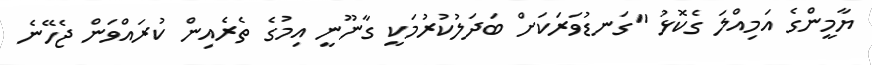
ޔާމީންގެ އަމިއްލަ ގެކޮޅު "ގަނޑުވަރަކަށް ބަދަލުކުރުމަކީ ގާނޫނީ އިމުގެ ތެރެއިން ކުރައްވަން ޖެހޭނެ